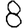
Digit: 8